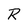
Character: R